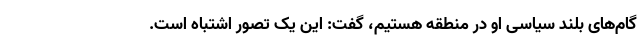
گام‌های بلند سیاسی او در منطقه هستیم، گفت: این یک تصور اشتباه است.